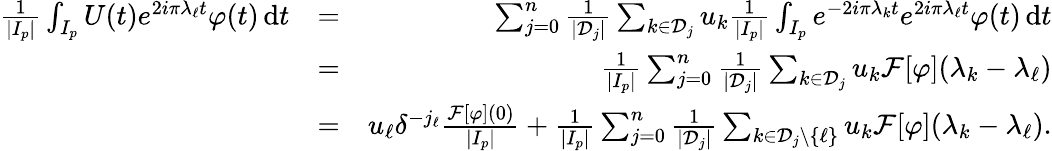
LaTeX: \begin{array}{rlr}{\frac{1}{|I_{p}|}\int_{I_{p}}U(t)e^{2i\pi\lambda_{\ell}t}\varphi(t)\, \mathrm{d}t}&{=}&{\sum_{j=0}^{n}\frac{1}{|{\mathcal D}_{j}|}\sum_{k\in{\mathcal D}_{j}}u_{k}\frac{1}{|I_{p}|}\int_{I_{p}}e^{-2i\pi\lambda_{k}t}e^{2i\pi\lambda_{\ell}t}\varphi(t)\, \mathrm{d}t}\\ &{=}&{\frac{1}{|I_{p}|}\sum_{j=0}^{n}\frac{1}{|{\mathcal D}_{j}|}\sum_{k\in{\mathcal D}_{j}}u_{k}{\mathcal F}[\varphi](\lambda_{k}-\lambda_{\ell})}\\ &{=}&{u_{\ell}\delta^{-j_{\ell}}\frac{{\mathcal F}[\varphi](0)}{|I_{p}|}+\frac{1}{|I_{p}|}\sum_{j=0}^{n}\frac{1}{|{\mathcal D}_{j}|}\sum_{k\in{\mathcal D}_{j}\setminus\{ \ell\} }u_{k}{\mathcal F}[\varphi](\lambda_{k}-\lambda_{\ell}).}\end{array}